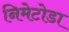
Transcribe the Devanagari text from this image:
निमेटोडा